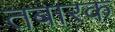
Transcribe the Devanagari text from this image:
तबारक